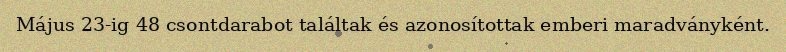
Május 23-ig 48 csontdarabot találtak és azonosítottak emberi maradványként.